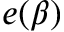
e ( \beta )